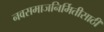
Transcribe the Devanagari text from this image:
नवसमाजनिर्मितीसाठी